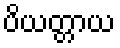
ပိယတ္တာယ